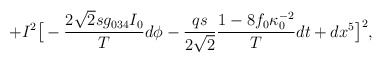
\begin{align*}+I^2\big[-{2\sqrt2 s g_{034}I_0\over T}d\phi -{qs\over 2\sqrt2}{1-8f_0\kappa_0^{-2}\over T}dt +dx^5\big]^2,\end{align*}